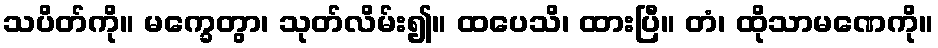
သပိတ်ကို။ မက္ခေတွာ၊ သုတ်လိမ်း၍။ ထပေသိ၊ ထားပြီ။ တံ၊ ထိုသာမဏေကို။